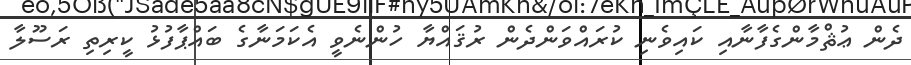
ދެން ޢުޘްމާންގެފާނާއި ކައިވެނި ކުރައްވަންދެން ރުޤައްޔާ ހުންނެވީ އެކަމަނާގެ ބައްޕާފުޅު ކީރިތި ރަސޫލާ